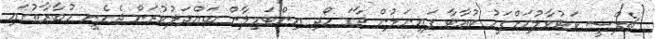
ޗެލްސީ ކަޓުވާލުމަށްފަހު ކުއާޓާ ފައިނަލުން ޖާގަ ހޯދި އިންޓަމިލާން ބައްދަލުކުރަން ޖެހެނީ މުބާރާތުގައި